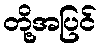
တို့အပြင်